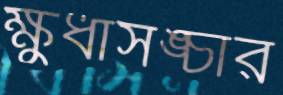
ক্ষুধাসঙ্চার